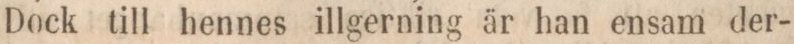
Dock till hennes illgerning är han ensam der-